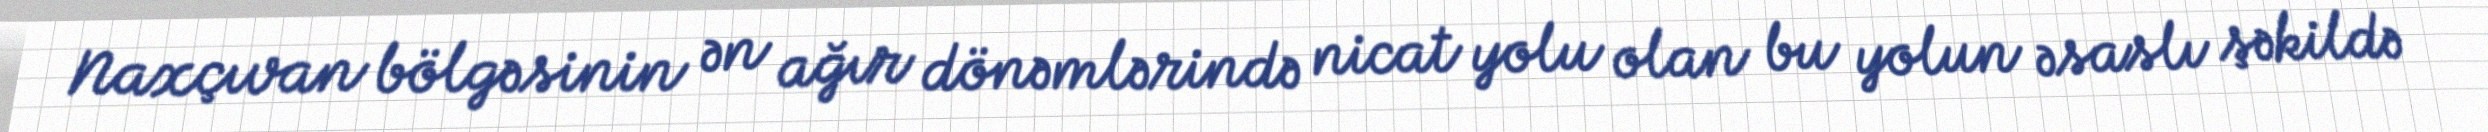
Naxçıvan bölgəsinin ən ağır dönəmlərində nicat yolu olan bu yolun əsaslı şəkildə